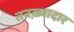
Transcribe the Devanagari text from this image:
तनख़्वादार